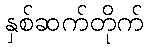
နှစ်ဆက်တိုက်